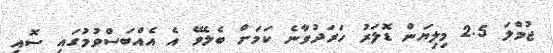
ޖުމްލަ 2.5 މިލިޔަން ޑޮލަރު ހަރަދުވާނެ ކަމަށް ބެލެވޭ އެ އެއްބަސްވުމުގައި ސޮއި